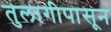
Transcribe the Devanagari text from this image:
तुलागीपासून